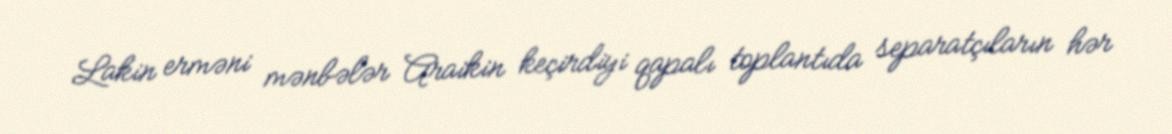
Lakin erməni mənbələr Araikin keçirdiyi qapalı toplantıda separatçıların hər